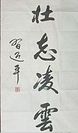
善学者尽其理，善行者究其难。